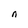
Character: n